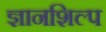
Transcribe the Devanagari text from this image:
ज्ञानशिल्प